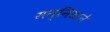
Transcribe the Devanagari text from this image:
सन्निधाने